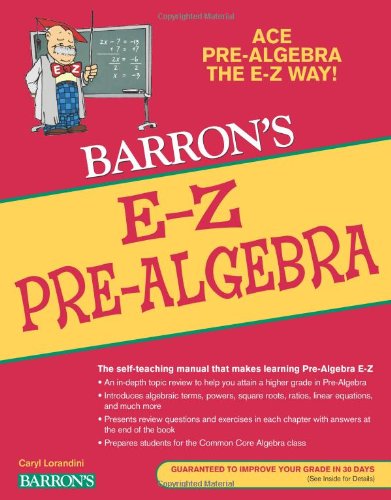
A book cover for E-Z Pre-Algebra (Barron's E-Z Series); Caryl Lorandini; Science & Math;